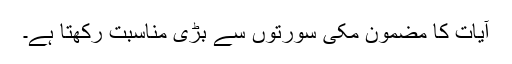
آیات کا مضمون مکی سورتوں سے بڑی مناسبت رکھتا ہے۔